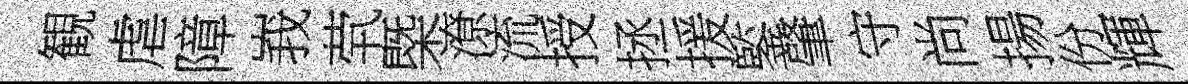
観虐障峩茕㮣潦流授拯援鍳肇守尚揚份輝